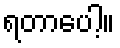
ရတာပေါ့။